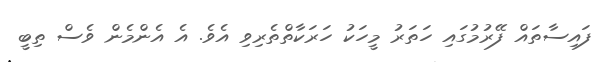
ފައިސާތައް ފޭރުމުގައި ހަތަރު މީހަކު ހަރަކާތްތެރިވި އެވެ. އެ އެންމެން ވެސް ތިބީ